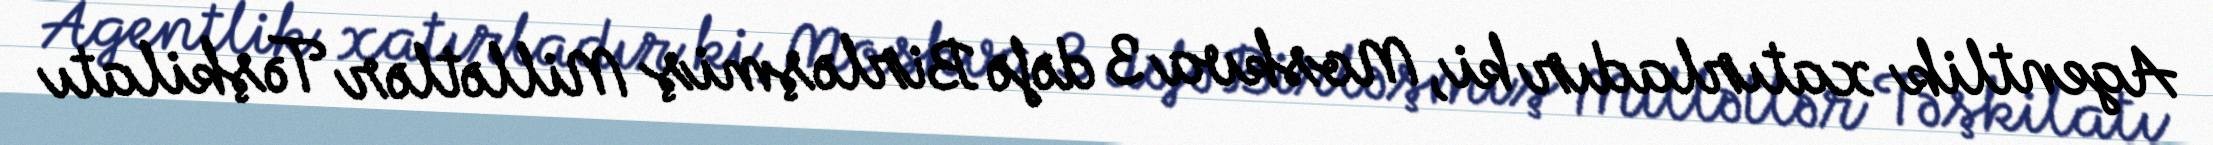
Agentlik xatırladır ki, Moskva 3 dəfə Birləşmiş Millətlər Təşkilatı